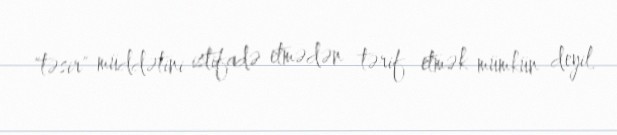
"təsir" müddətini istifadə etmədən tərif etmək mümkün deyil.